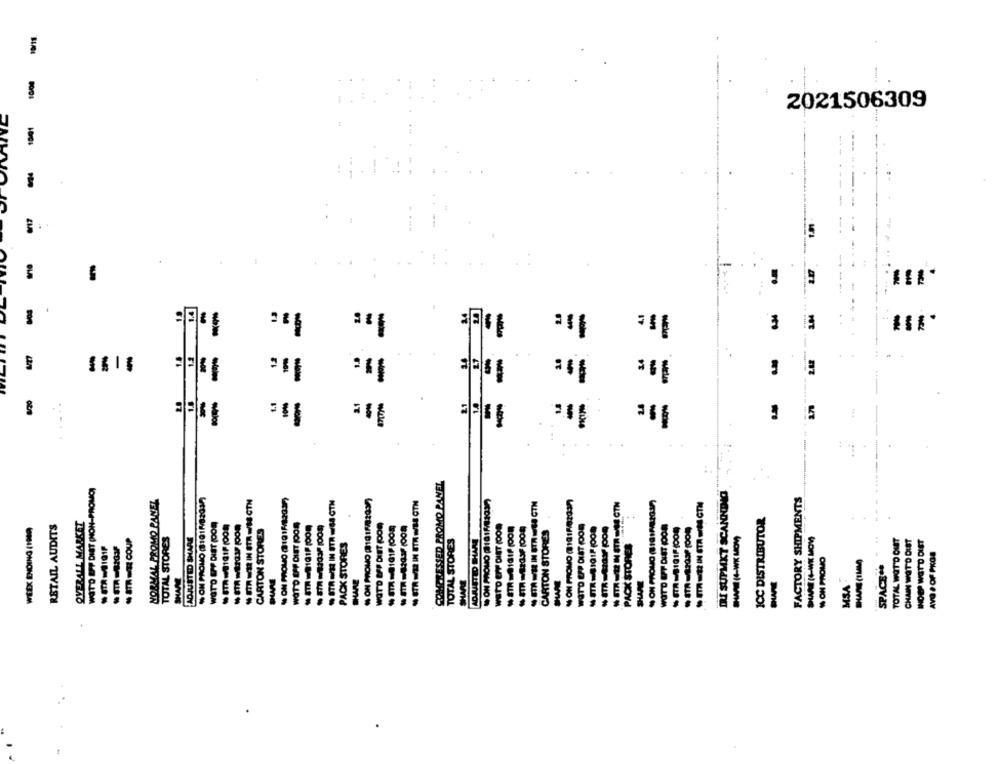
10000
2021506309
1001
-
-
-
11:
= = =
-
-
3
11:
-
-
8/20
=
11:
21
170
...
WOTD EPP DIT (NON-PROMO)
COMPRESSED PROMO PAVEL
NON PROMO (81011/82017)
DRI SUPMKT SCANNDIO
FACTORY SHIPMENTS
ORMAL PROMO PANEL
N STR YS IN STR WIS CTN
NON PROMO (1915/82037)
- STR ME IN STR WIE CTN
NON PROMO (1015/82037)
OVERALL MARKET
ICC DISTRIBUTOR
RETAIL AUDITS
WSTO EFF DIET (DO9
WOTD LFP DIET (POR
WETO EFF DIET (OON
* STR=161F (000
WOTD EFT DIET OON
- STR-8191P1000
WEEK ENDING (1949)
CARTON STORES
CARTON STORES
TOTAL WOT'D OUT
- ATREE COUP
TOTAL STORES
ADJUSTED SHARE
PACK STORES
TOTAL STORES
PACK STORES
-W 14-WK MOM
SHARE(4-WE MOW
CHAIN WOT'D DIST
INOU WOTD DIET
" OH PROMO
AVO & OF PKOS
SPACE **
SHARE
SHARE
SHARE
SHARE
MSA